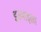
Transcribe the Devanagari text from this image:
इस्माइला